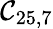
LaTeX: \mathcal{C}_{25,7}